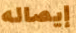
إيصاله